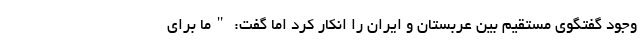
وجود گفتگوی مستقیم بین عربستان و ایران را انکار کرد اما گفت: "ما برای